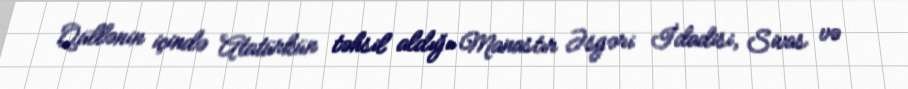
Qüllənin içində Atatürkün təhsil aldığı Manastır Əsgəri İdadisi, Sivas və